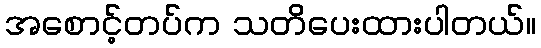
အစောင့်တပ်က သတိပေးထားပါတယ်။